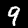
Label: 9